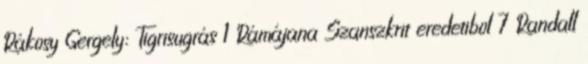
Rákosy Gergely: Tigrisugrás 1 Rámájana Szanszkrit eredetibol 7 Randall